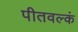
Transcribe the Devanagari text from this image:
पीतवल्कं